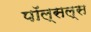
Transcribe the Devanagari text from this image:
पॉल्सल्स